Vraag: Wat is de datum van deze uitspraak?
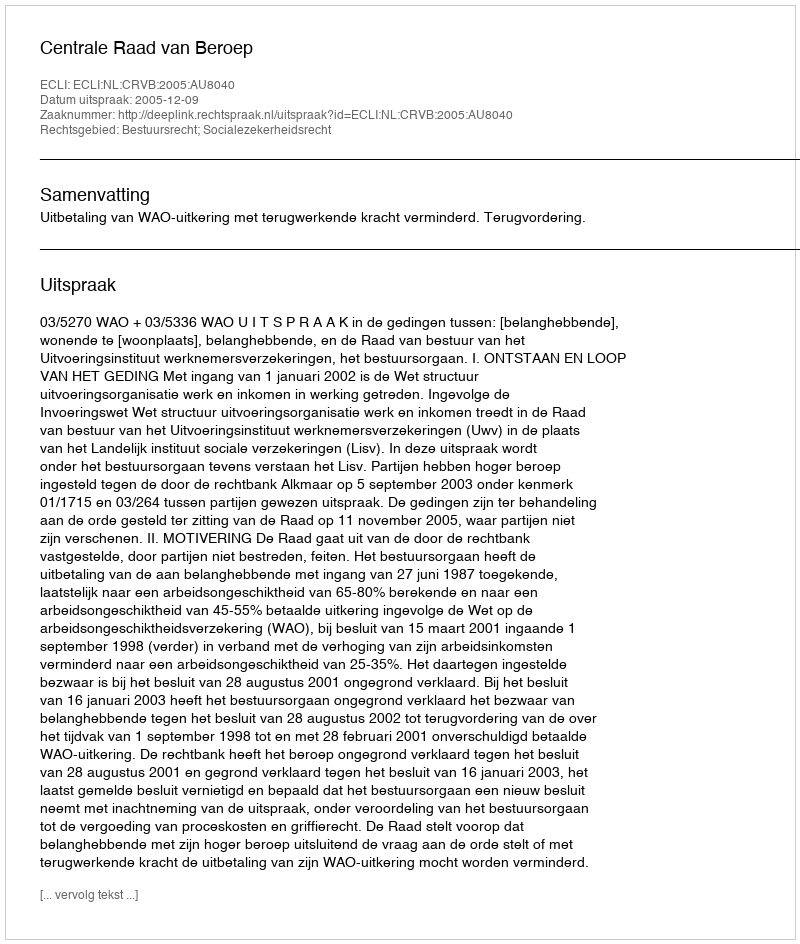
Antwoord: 2005-12-09